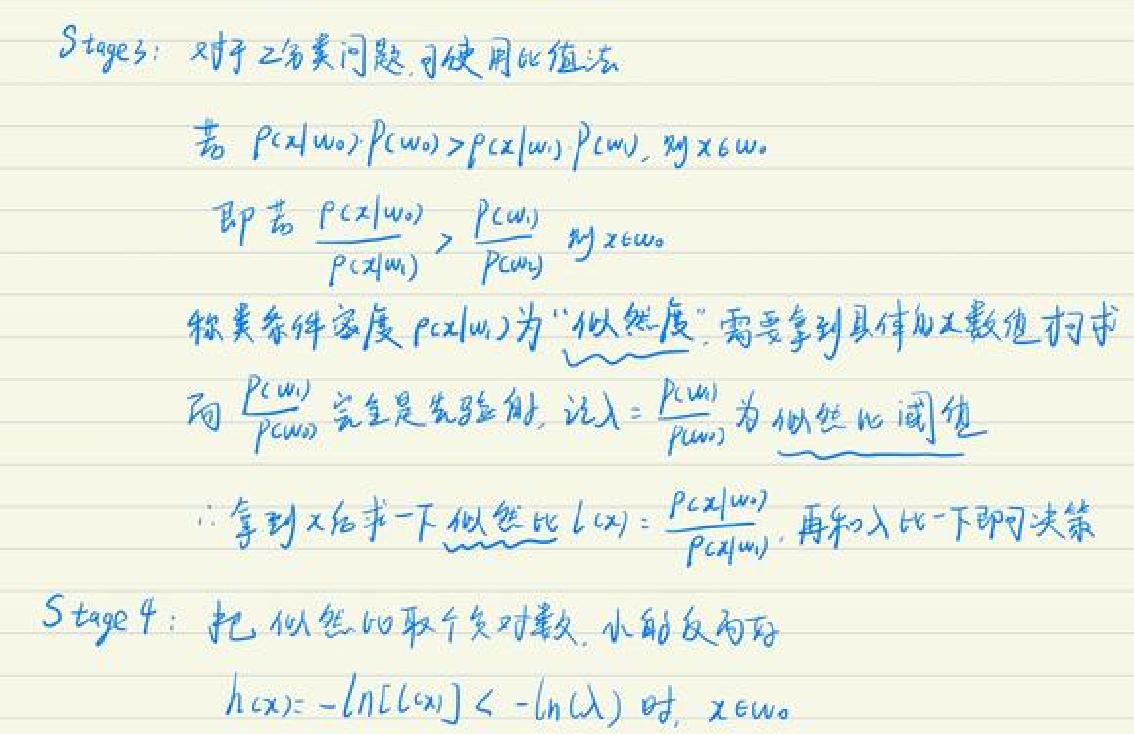
Stage 3: 对于二分类问题, 可使用比值法
若 \( P(x|w_0)P(w_0)>P(x|w_1)P(w_1) \), 则 \( x\in w_0 \)
即若 \( \frac{P(x|w_0)}{P(x|w_1)}>\frac{P(w_1)}{P(w_0)} \), 则 \( x\in w_0 \)
称类条件密度 \( P(x|w_i) \) 为 “似然度”. 需要拿到具体加工数据来计算
而 \( \frac{P(w_1)}{P(w_0)} \) 完全是先验的, 记 \( \lambda=\frac{P(w_1)}{P(w_0)} \) 为似然比阈值
\( \therefore \) 拿到 \( x \) 后求一下似然比 \( l(x)=\frac{P(x|w_0)}{P(x|w_1)} \), 再和 \( \lambda \) 比一下即可决策
Stage 4: 把似然比取个负对数, 小的反而好
\( h(x)=-\ln[l(x)]< -\ln(\lambda) \) 时, \( x\in w_0 \)